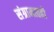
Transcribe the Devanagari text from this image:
संग्रामातही